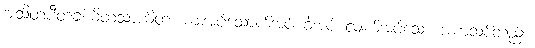
အသိတပီတခါယိတသာယိတံ၊ စားအပ်သောက်အပ် ခဲအပ် လျက်အပ်သော အစာသစ်တည်း။